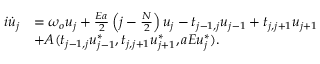
\begin{array} { r l } { i \dot { u } _ { j } } & { = \omega _ { o } u _ { j } + \frac { E a } { 2 } \left( j - \frac { N } { 2 } \right) u _ { j } - t _ { j - 1 , j } u _ { j - 1 } + t _ { j , j + 1 } u _ { j + 1 } } \\ & { + A ( t _ { j - 1 , j } u _ { j - 1 } ^ { * } , t _ { j , j + 1 } u _ { j + 1 } ^ { * } , a E u _ { j } ^ { * } ) . } \end{array}